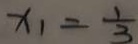
x _ { 1 } = \frac { 1 } { 3 }